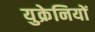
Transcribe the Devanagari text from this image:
युक्रेनियों